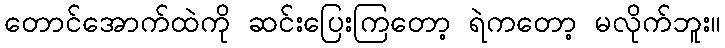
တောင်အောက်ထဲကို ဆင်းပြေးကြတော့ ရဲကတော့ မလိုက်ဘူး။